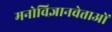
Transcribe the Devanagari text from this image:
मनोविज्ञानवेत्ताओं